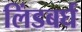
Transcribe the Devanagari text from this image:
लिंडबर्घ